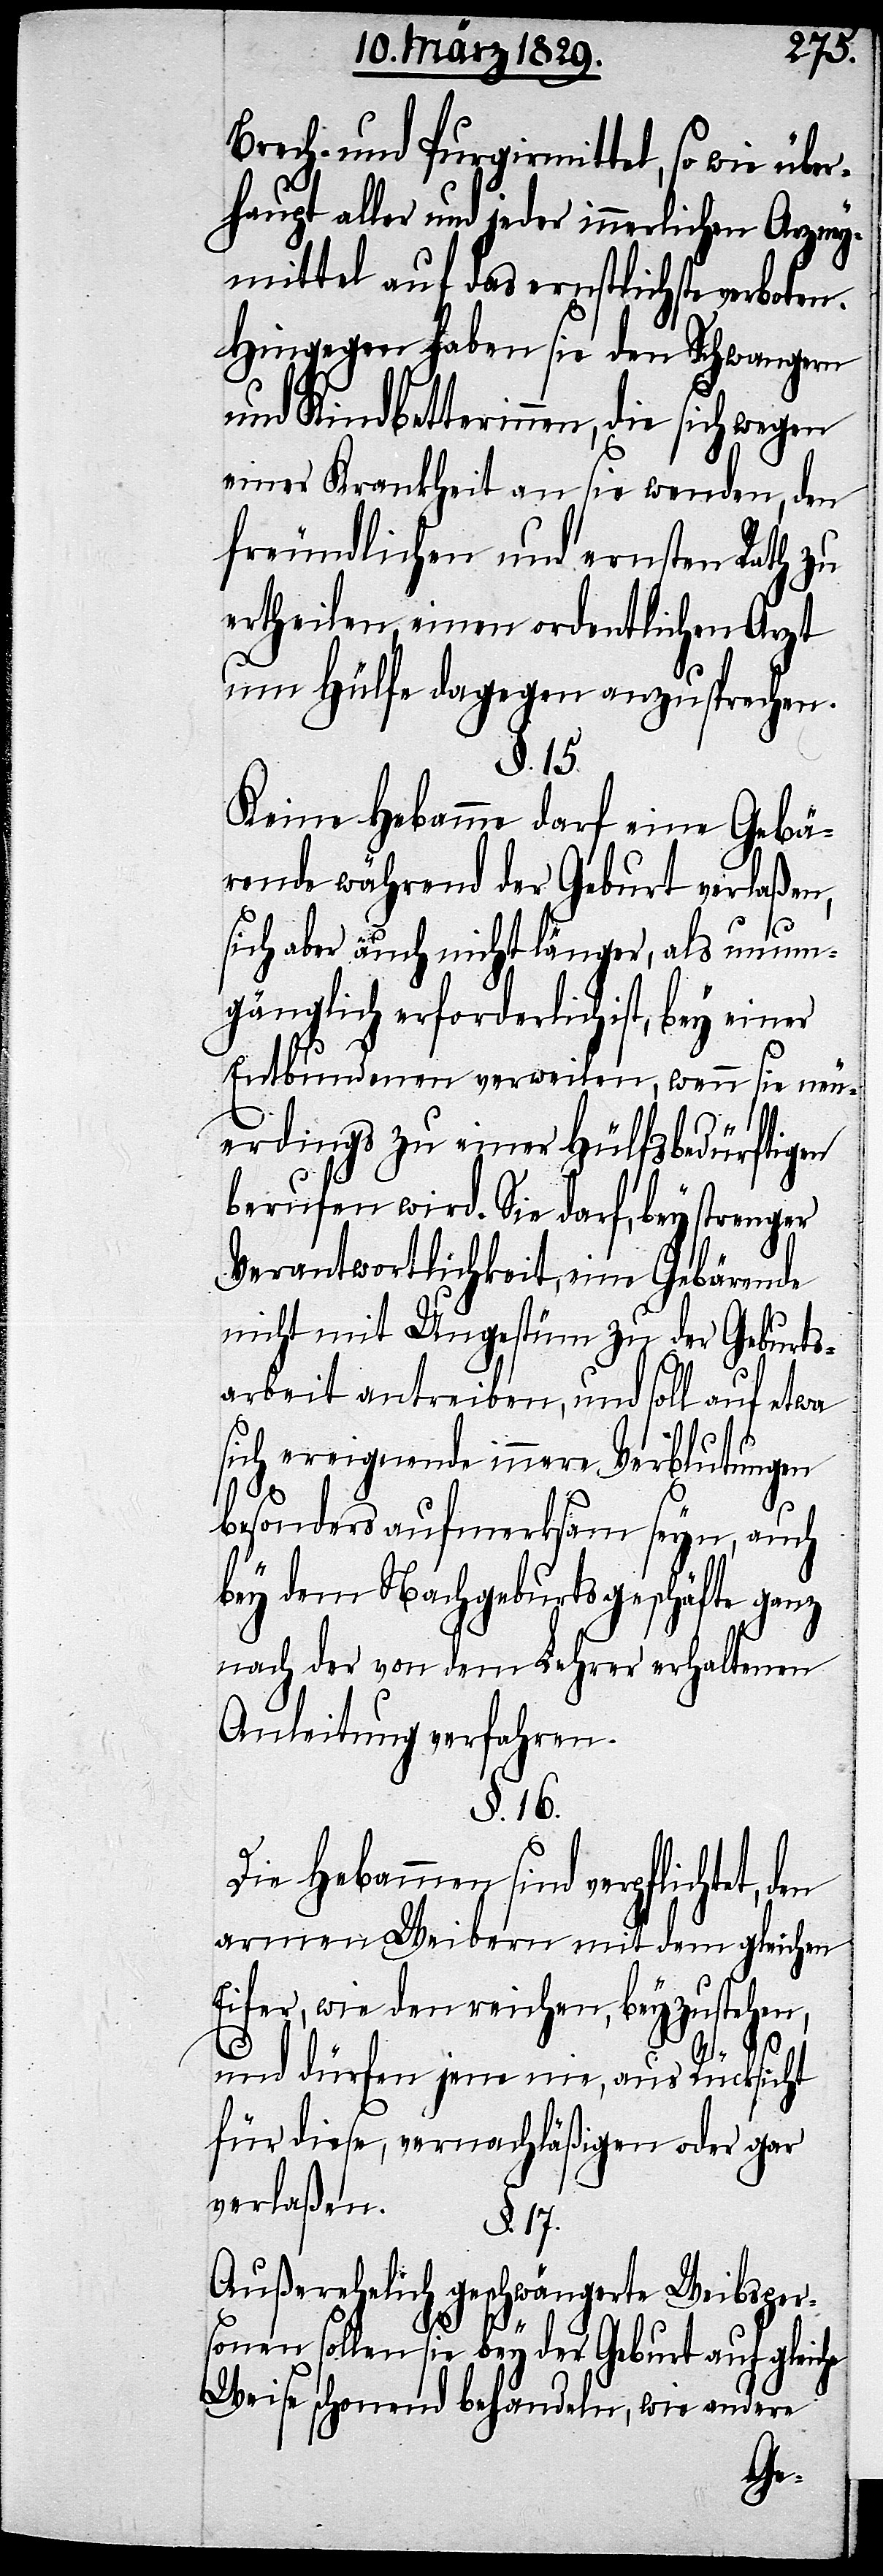
Brech- und Purgirmittel, so wie über¬
haupt aller und jeder innerlichen Arzney¬
mittel auf das ernstlichste verboten.
Hingegen haben sie den Schwangern
und Kindbetterinnen, die sich wegen
einer Krankheit an sie wenden, den
freundlichen und ernsten Rath zu
ertheilen, einen ordentlichen Arzt
um Hülfe dagegen anzusprechen.
§. 15.
Keine Hebamme darf eine Gebä¬
rende während der Geburt verlaßen,
sich aber auch nicht länger. als unum¬
gänglich erforderlich ist, bey einer
Entbundenen verweilen, wenn sie neu¬
erdings zu einer Hülfsbedürftigen
berufen wird. Sie darf, bey strenger
Verantwortlichkeit eine Gebärende
nicht mit Ungestüm zu der Geburts¬
arbeit antreiben, und soll auf etwa
sich ereignende innere Verblutungen
besonders aufmerksam seyn, auch
bey dem Nachgeburtsgeschäfte ganz
nach der von dem Lehrer erhaltenen
Anleitung verfahren.
§. 16.
Die Hebammen sind verpflichtet,
armen Weibern mit dem gleichen
Eifer, wie den reichen, beyzustehen,
und dürfen jene nie, aus Rücksicht
für diese, vernachläßigen oder gar
verlaßen.
den
§. 17.
Außerehelich geschwängerte Weibsper¬
sonen sollen sie bey der Geburt auf gleiche
Weise schonend behandeln, wie andere